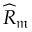
{ \widehat { R } } _ { \mathfrak { m } }